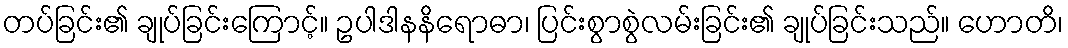
တပ်ခြင်း၏ ချုပ်ခြင်းကြောင့်။ ဥပါဒါနနိရောဓာ၊ ပြင်းစွာစွဲလမ်းခြင်း၏ ချုပ်ခြင်းသည်။ ဟောတိ၊